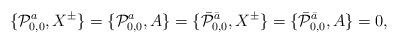
LaTeX: \begin{align*}\{ {\cal P}^a_{0,0} , X^{\pm} \} = \{ {\cal P}^a_{0,0}, A \} = \{ \bar{{\cal P}}^{\bar a}_{0,0}, X^{\pm}\} =\{ \bar{{\cal P}}^{\bar a}_{0,0}, A\} = 0,\end{align*}